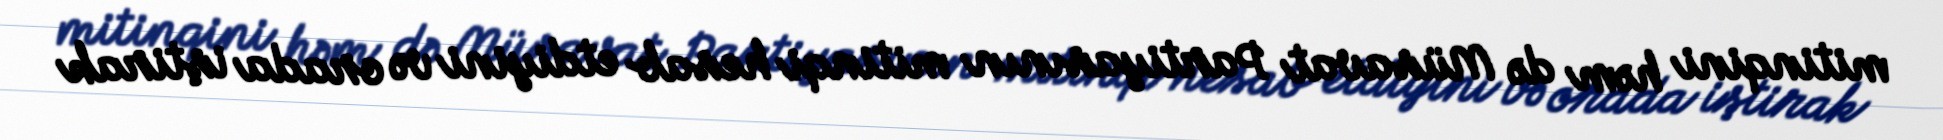
mitinqini həm də Müsavat Partiyasının mitinqi hesab etdiyini və orada iştirak